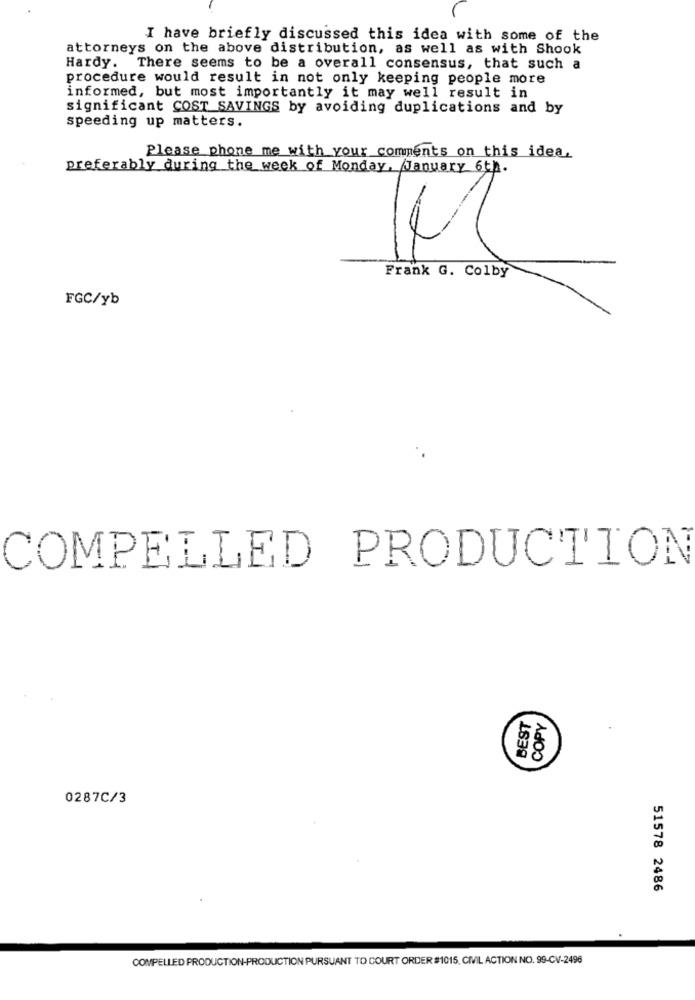
I have briefly discussed this idea with some of the
attorneys on the above distribution, as well as with Shook
Hardy.
There seems to be a overall consensus, that such a
procedure would result in not only keeping people more
informed, but most importantly it may well result in
significant COST SAVINGS by avoiding duplications and by
speeding up matters.
Please phone me with your comments on this idea.
preferably during the week of Monday, January 6th.
2
Frank G. Colby
FGC/yb
COMPELLED PRODUCTION
BEST
COPY
0287C/3
51578 2486
COMPELLED PRODUCTION-PRODUCTION PURSUANT TO COURT ORDER #1015, CIVIL ACTION NO. 99-CV-2496